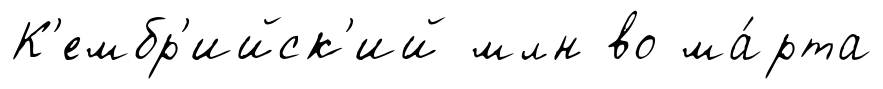
К'ембр'ийск'ий млн во ма́рта